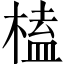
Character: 榼